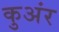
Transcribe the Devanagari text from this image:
कुअंर